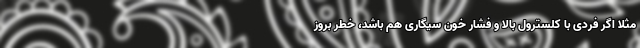
مثلا اگر فردی با کلسترول بالا و فشار خون سیگاری هم باشد، خطر بروز